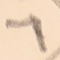
٦